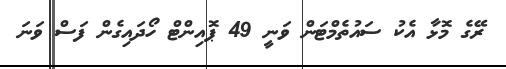
ރޭގެ މޮޅާ އެކު ސައުތެމްޓަން ވަނީ 49 ޕޮއިންޓް ހޯދައިގެން ފަސް ވަނަ